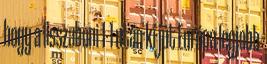
hogy a lisszaboni 1-1 után ki jut Európa legjobb